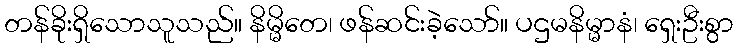
တန်ခိုးရှိသောသူသည်။ နိမ္မိတေ၊ ဖန်ဆင်းခဲ့သော်။ ပဌမနိမ္မာနံ၊ ရှေးဦးစွာ